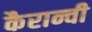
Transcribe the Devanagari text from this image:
कैरान्वी